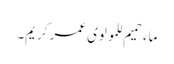
ماء حمیم للمولوی عمر کریم۔